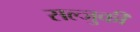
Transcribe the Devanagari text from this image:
सल्जुकी